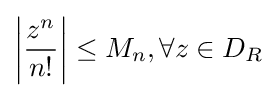
\left|{\frac {z^{n}}{n!}}\right|\leq M_{n},\forall z\in D_{R}